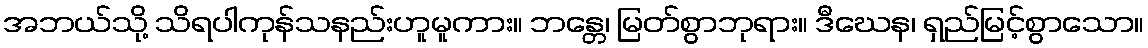
အဘယ်သို့ သိရပါကုန်သနည်းဟူမူကား။ ဘန္တေ၊ မြတ်စွာဘုရား။ ဒီဃေန၊ ရှည်မြင့်စွာသော။